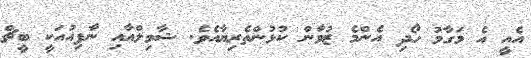
އެއީ އެ މަގާމު ހޯދި އެންމެ ޒުވާން ކުޅުންތެރިޔާއެވެ. ޝާމިލްއާއި ނާފިއުއަކީ ބީޗް